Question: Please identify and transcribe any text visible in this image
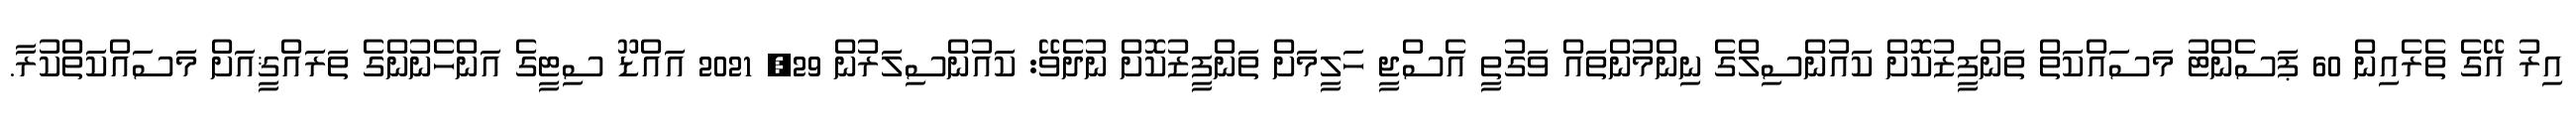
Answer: އިރު އޭގެ ތެރެއިން 60 ޕަސެންޓު މަސައްކަތް ތަންފީޒުކޮށް ކައުންސިލްގެ ނިންމުންތައް ވަގުތީ އެސްޖީ ހަލީމަށް ތަންފީޒުކޮށް ނުދެވޭ: ކައުންސިލަރުން 29, 2021 އައްޑޫ ސިޓީގެ އަންހެނުންގެ ތަރައްޤީއަށް މަސައްކަތްކުރާ.